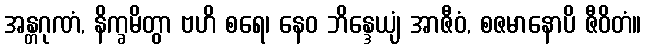
အန္တဂုဏံ, နိက္ခမိတွာ ဗဟိ စရေ၊ နေဝ ဘိန္ဒေယျံ အာဇီဝံ, စဇမာနောပိ ဇီဝိတံ။